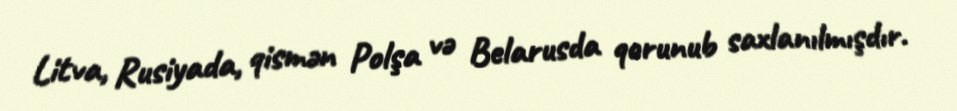
Litva, Rusiyada, qismən Polşa və Belarusda qorunub saxlanılmışdır.